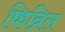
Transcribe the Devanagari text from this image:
फिब्रिल